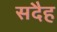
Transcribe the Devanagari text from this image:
सदैह